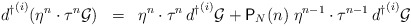
\begin{align*}{d^{\dagger}}^{(i)} ( \eta^n \cdot \tau^n {\cal{G}} ) \;\; = \;\; \eta^n \cdot \tau^n \, {d^{\dagger}}^{(i)} {\cal{G}} + {\textsf{P}}_N (n) \; \eta^{n-1} \cdot \tau^{n-1} \, {d^{\dagger}}^{(i)} {\cal{G}}\end{align*}